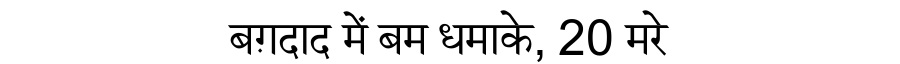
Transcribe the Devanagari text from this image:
बग़दाद में बम धमाके, 20 मरे